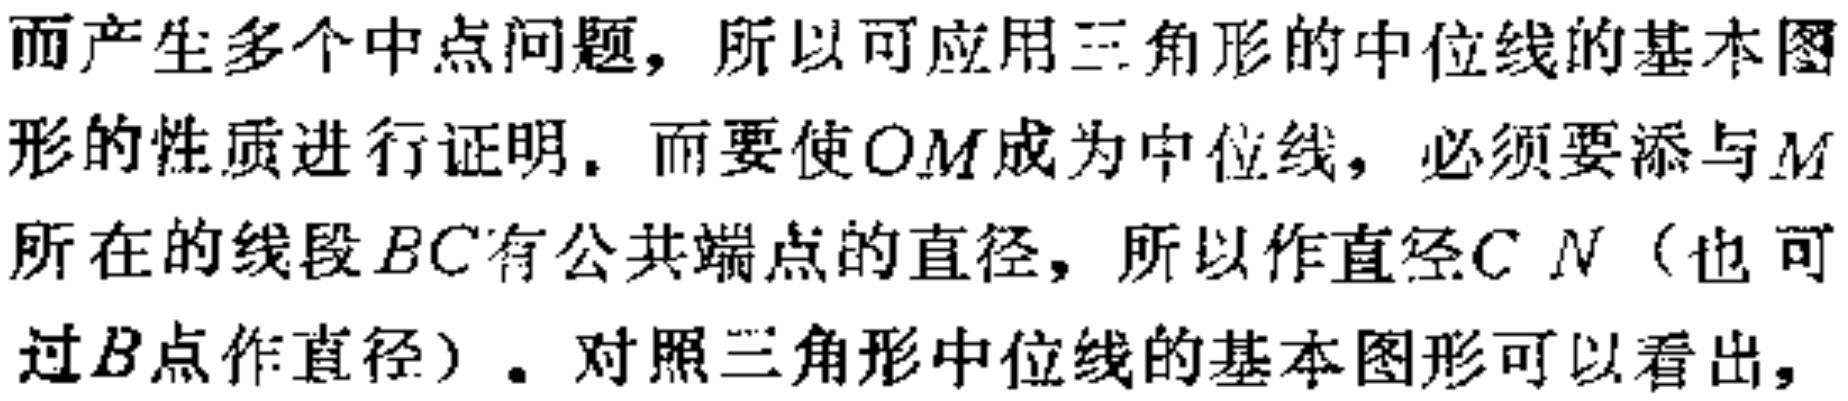
而产生多个中点问题，所以可应用三角形的中位线的基本图形的性质进行证明. 而要使\(OM\)成为中位线，必须要添与\(M\)所在的线段\(BC\)有公共端点的直径，所以作直径\(CN\)（也可过\(B\)点作直径）. 对照三角形中位线的基本图形可以看出，